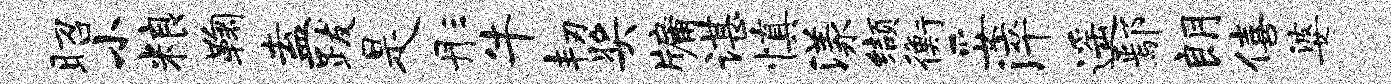
昭小粮鞠盍跋是彤牛韧奖牖谌慎漾缬衡妥淬遥鄢朗僖婆